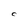
Character: C